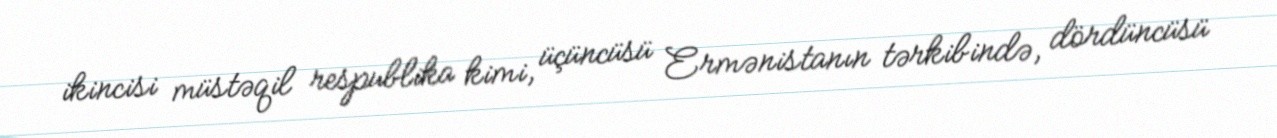
ikincisi müstəqil respublika kimi, üçüncüsü Ermənistanın tərkibində, dördüncüsü